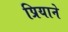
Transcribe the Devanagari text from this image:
प्रियाने